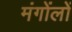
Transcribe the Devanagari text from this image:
मंगोंलों